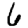
Digit: 6